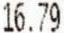
16.79